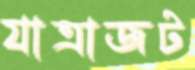
যাত্রাজট